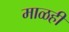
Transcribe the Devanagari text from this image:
माळही